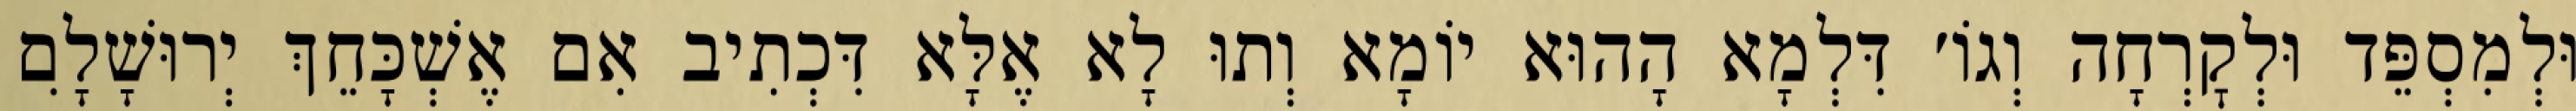
וּלְמִסְפֵּד וּלְקׇרְחָה וְגוֹ׳ דִּלְמָא הָהוּא יוֹמָא וְתוּ לָא אֶלָּא דִּכְתִיב אִם אֶשְׁכָּחֵךְ יְרוּשָׁלִָם